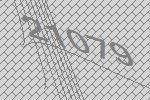
21079